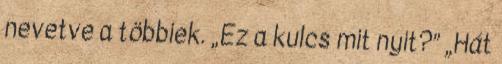
nevetve a többiek. „Ez a kulcs mit nyit?” „Hát